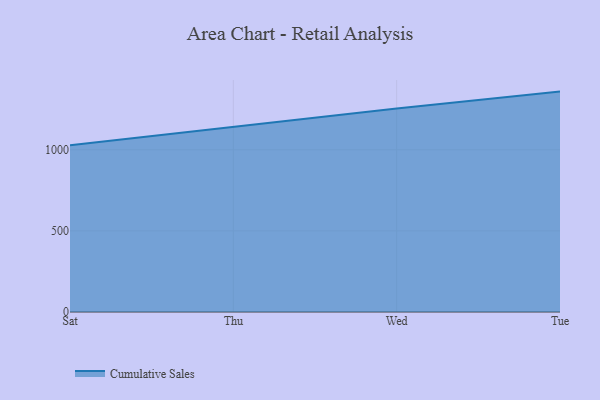
{"axis": {"x": "Day", "y": "Satisfaction Score"}, "legend": ["Cumulative Sales"], "data": [{"x": "Sat", "y": 1027.9, "type": "Cumulative Sales"}, {"x": "Thu", "y": 1139.8, "type": "Cumulative Sales"}, {"x": "Wed", "y": 1254.9, "type": "Cumulative Sales"}, {"x": "Tue", "y": 1358.7, "type": "Cumulative Sales"}]}